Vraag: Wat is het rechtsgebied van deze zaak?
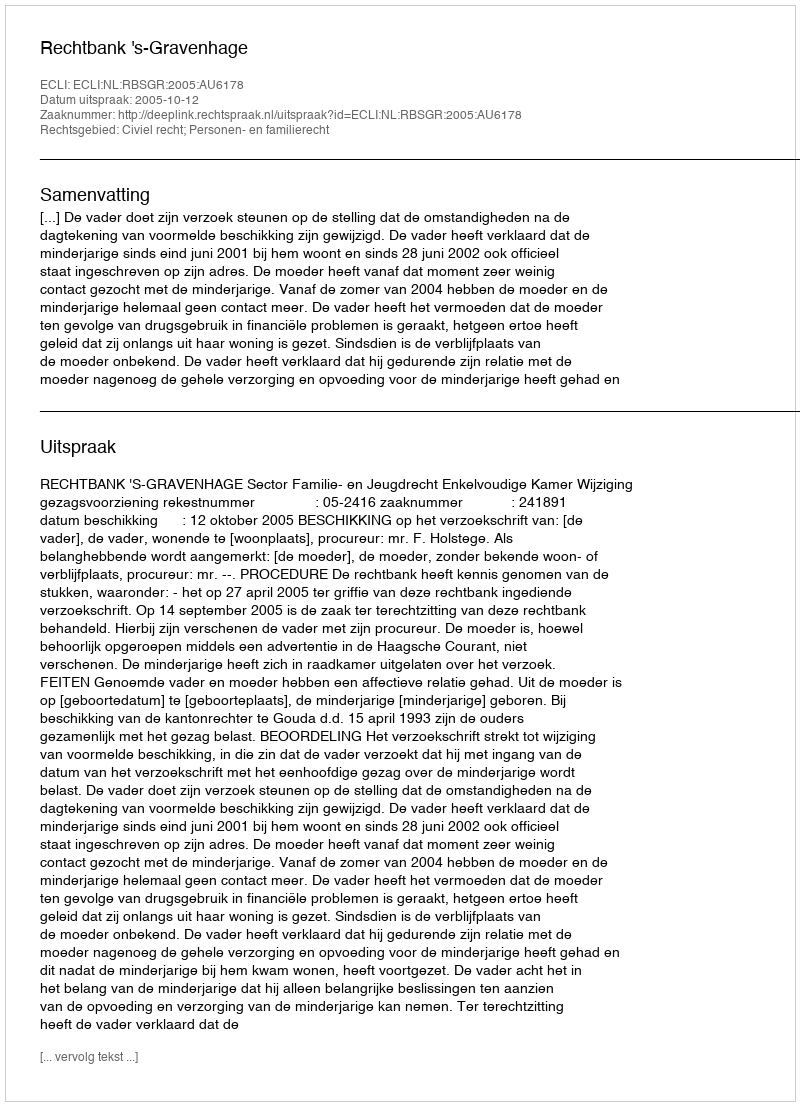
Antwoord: Civiel recht; Personen- en familierecht